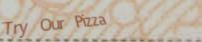
Try Our Pizza